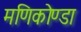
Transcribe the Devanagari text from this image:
मणिकोण्डा